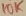
Text: 10K